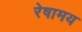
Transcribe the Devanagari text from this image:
रेषामय